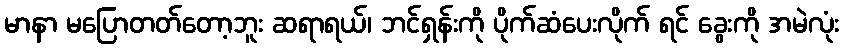
မာနာ မပြောတတ်တော့ဘူး ဆရာရယ်၊ ဘင်ရှန်းကို ပိုက်ဆံပေးလိုက် ရင် ခွေးကို အမဲလုံး